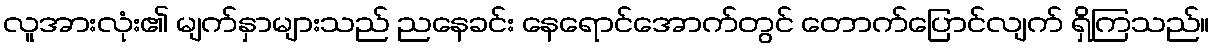
လူအားလုံး၏ မျက်နှာများသည် ညနေခင်း နေရောင်အောက်တွင် တောက်ပြောင်လျက် ရှိကြသည်။